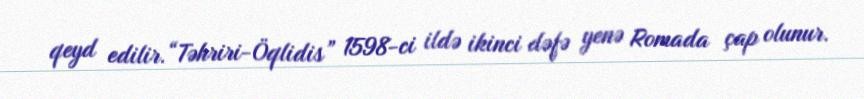
qeyd edilir.“Təhriri-Öqlidis” 1598-ci ildə ikinci dəfə yenə Romada çap olunur.